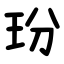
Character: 玢